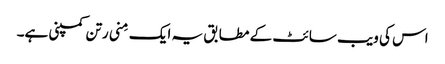
اس کی ویب سائٹ کے مطابق یہ ایک مِنی رتن کمپنی ہے۔